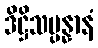
ဒိဋ္ဌိသမ္ပန္နာနံ